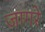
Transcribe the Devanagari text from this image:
जागरे